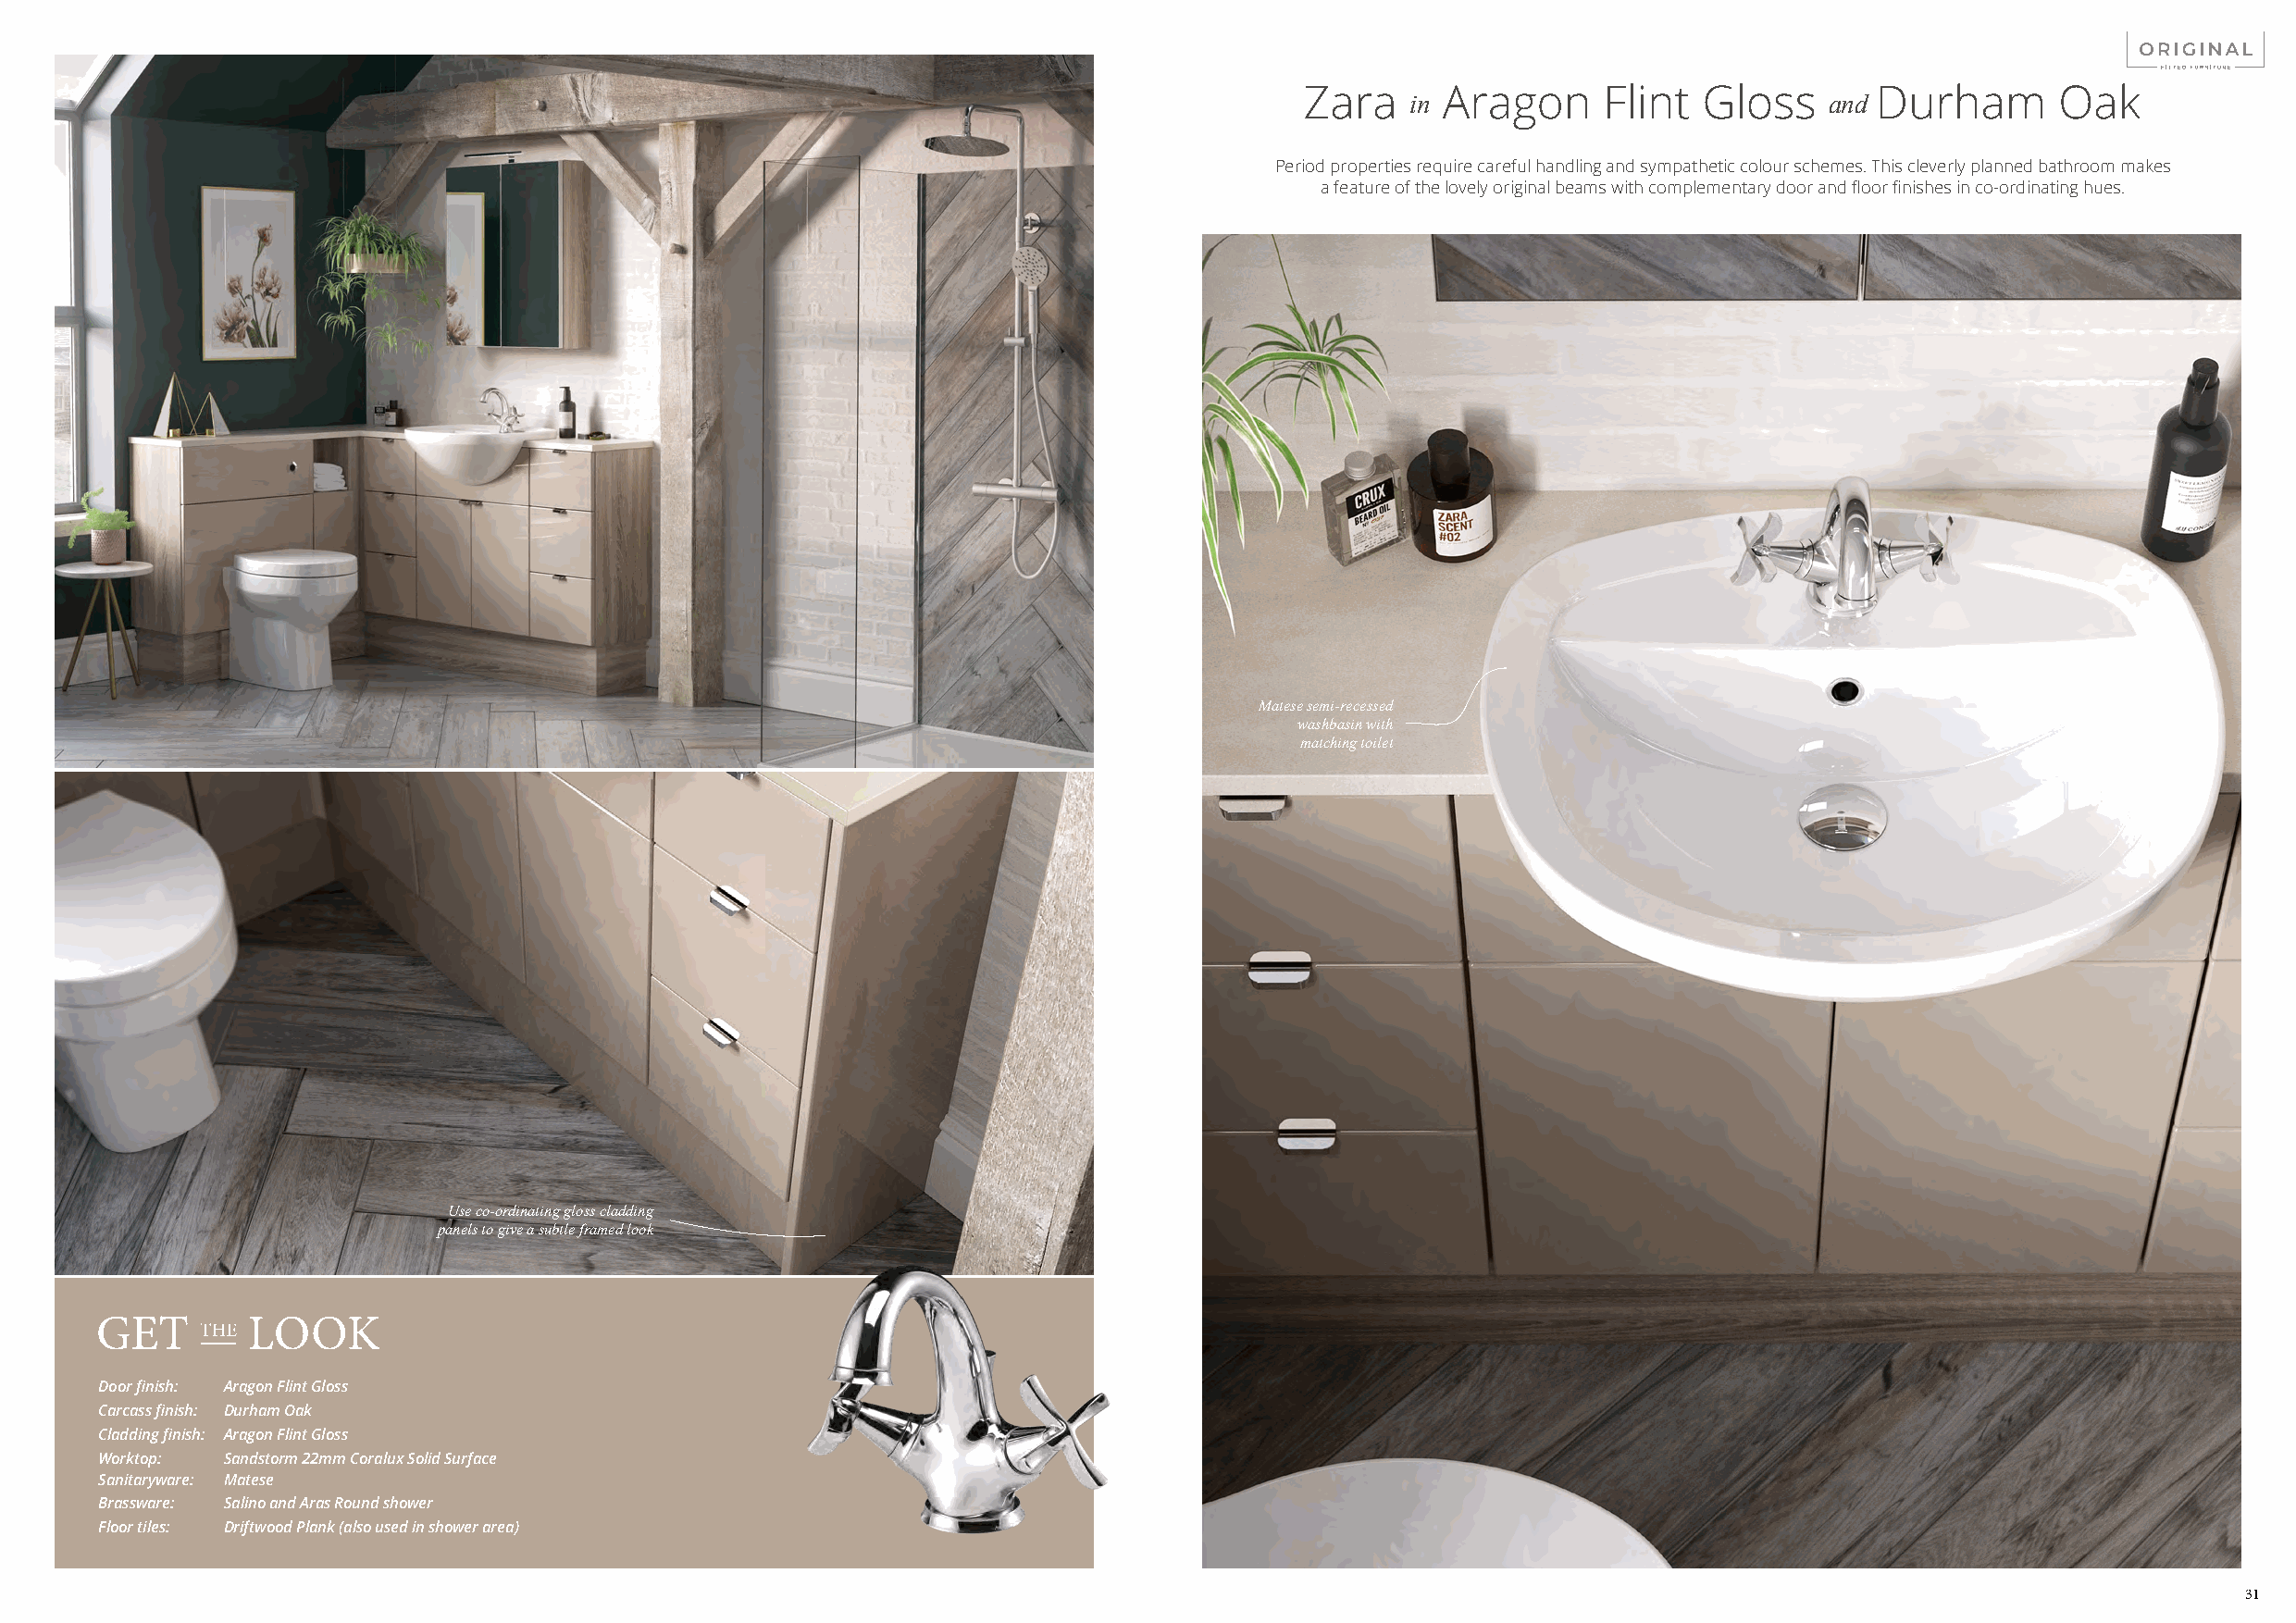
Zara      Aragon      Flint  Gloss       Durham       Oak
 in                            and
 Period properties require careful handling and sympathetic colour schemes. This cleverly planned bathroom makes
 a feature of the lovely original beams with complementary door and floor finishes in co-ordinating hues.
 Matese semi-recessed
 washbasin with
 matching toilet
 Use co-ordinating gloss cladding
 panels to give a subtle framed look
 Door finish: Aragon Flint Gloss
 Carcass finish: Durham Oak
 Cladding finish: Aragon Flint Gloss
 Worktop: Sandstorm 22mm Coralux Solid Surface
 Sanitaryware: Matese
 Brassware: Salino and Aras Round shower
 Floor tiles: Driftwood Plank (also used in shower area)
 31